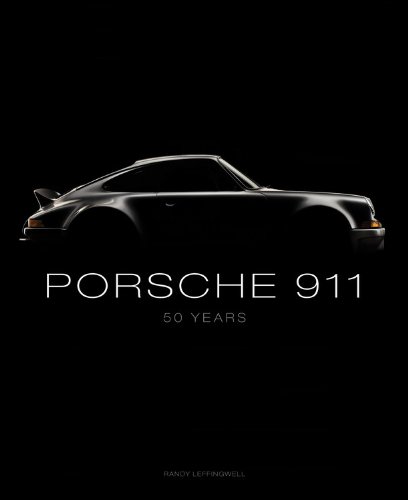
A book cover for Porsche 911: 50 Years; Randy Leffingwell; Engineering & Transportation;